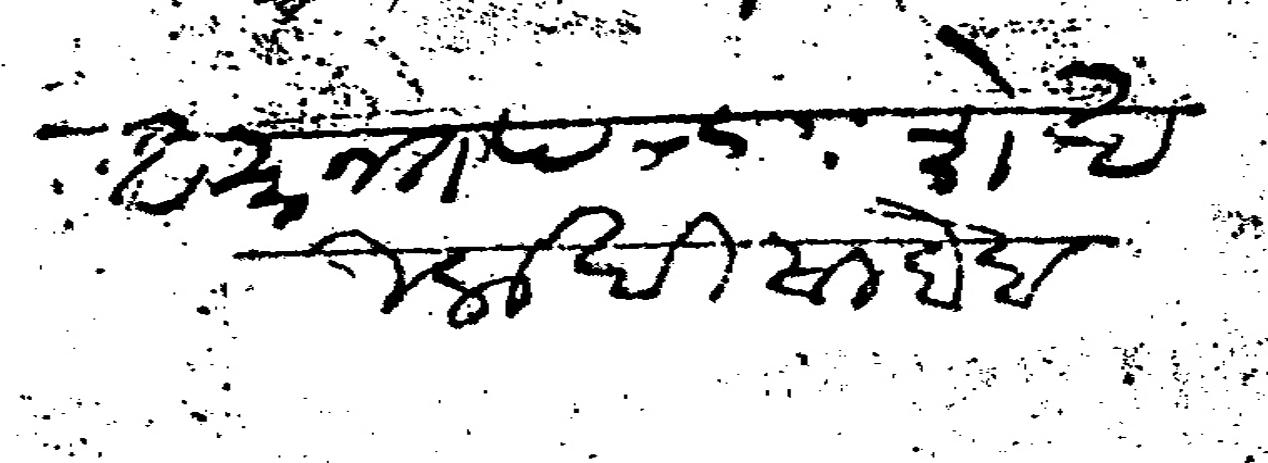
Transliteration (Devanagari): अमानत पन्हा शेख बुलाखी साहेब